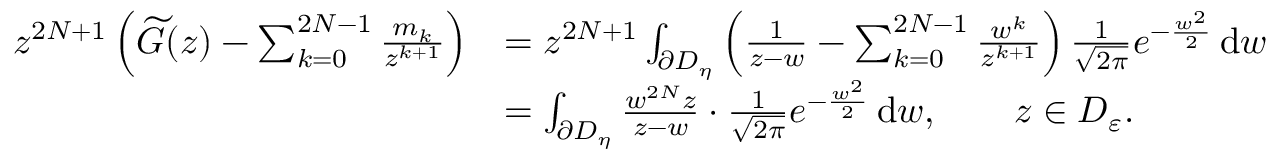
\begin{array} { r l } { z ^ { 2 N + 1 } \left( \widetilde { G } ( z ) - \sum _ { k = 0 } ^ { 2 N - 1 } \frac { m _ { k } } { z ^ { k + 1 } } \right) } & { = z ^ { 2 N + 1 } \int _ { \partial D _ { \eta } } \left( \frac { 1 } { z - w } - \sum _ { k = 0 } ^ { 2 N - 1 } \frac { w ^ { k } } { z ^ { k + 1 } } \right) \frac { 1 } { \sqrt { 2 \pi } } e ^ { - \frac { w ^ { 2 } } { 2 } } \, \mathrm { d } w } \\ & { = \int _ { \partial D _ { \eta } } \frac { w ^ { 2 N } z } { z - w } \cdot \frac { 1 } { \sqrt { 2 \pi } } e ^ { - \frac { w ^ { 2 } } { 2 } } \, \mathrm { d } w , \qquad z \in D _ { \varepsilon } . } \end{array}